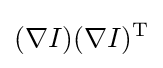
(\nabla I)(\nabla I)^{\text{T}}